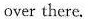
over there.